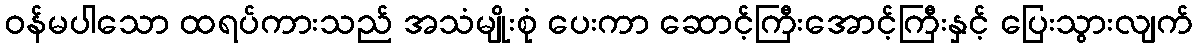
ဝန်မပါသော ထရပ်ကားသည် အသံမျိုးစုံ ပေးကာ ဆောင့်ကြီးအောင့်ကြီးနှင့် ပြေးသွားလျက်